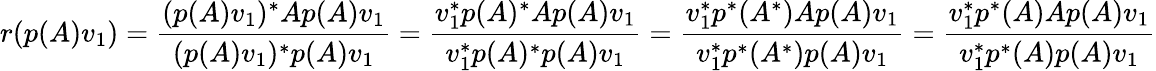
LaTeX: r(p(A)v_{1})={\frac{(p(A)v_{1})^{*}Ap(A)v_{1}}{(p(A)v_{1})^{*}p(A)v_{1}}}={\frac{v_{1}^{*}p(A)^{*}Ap(A)v_{1}}{v_{1}^{*}p(A)^{*}p(A)v_{1}}}={\frac{v_{1}^{*}p^{*}(A^{*})Ap(A)v_{1}}{v_{1}^{*}p^{*}(A^{*})p(A)v_{1}}}={\frac{v_{1}^{*}p^{*}(A)Ap(A)v_{1}}{v_{1}^{*}p^{*}(A)p(A)v_{1}}}